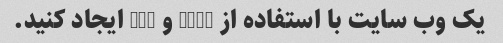
یک وب سایت با استفاده از HTML و CSS ایجاد کنید.